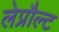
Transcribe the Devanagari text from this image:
लेप्रौल्ट